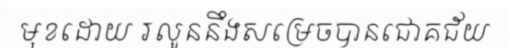
មុខដោយ រលូននឹងសម្រេចបានជោគជ័យ